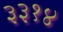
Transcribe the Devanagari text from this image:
३३१४